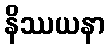
နိဿယနာ